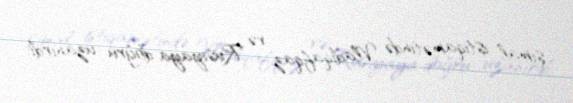
şimal istiqamətində Vladiqafqaz və Rusiyaya doğru uzanırdı.